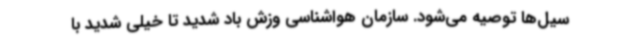
سیل‌ها توصیه می‌شود. سازمان هواشناسی وزش باد شدید تا خیلی شدید با